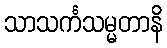
သာသင်္ကသမ္မတာနိ